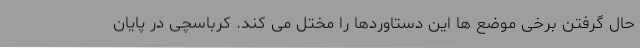
حال گرفتن برخی موضع ها این دستاوردها را مختل می کند. کرباسچی در پایان